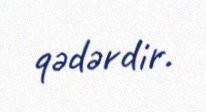
qədərdir.